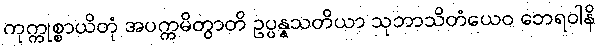
ကုက္ကုစ္စာယိတုံ အပက္ကမိတွာတိ ဥပ္ပန္နသတိယာ သုဘာသိတံယေဝ ဘေရဝါနိ